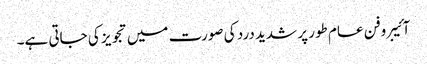
آئیبروفن عام طور پر شدید درد کی صورت میں تجویز کی جاتی ہے۔